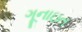
ગૂનાઇત